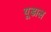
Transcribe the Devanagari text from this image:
यूडाल